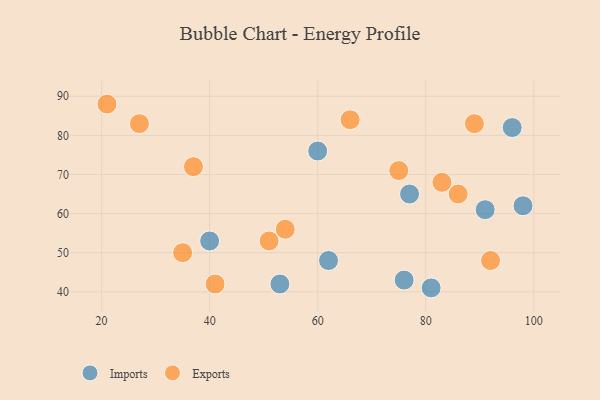
{"axis": {"x": "GDP", "y": "Life Expectancy"}, "legend": ["Exports", "Imports"], "data": [{"x": "40", "y": 53, "type": "Imports"}, {"x": "53", "y": 42, "type": "Imports"}, {"x": "98", "y": 62, "type": "Imports"}, {"x": "81", "y": 41, "type": "Imports"}, {"x": "91", "y": 61, "type": "Imports"}, {"x": "76", "y": 43, "type": "Imports"}, {"x": "96", "y": 82, "type": "Imports"}, {"x": "77", "y": 65, "type": "Imports"}, {"x": "62", "y": 48, "type": "Imports"}, {"x": "60", "y": 76, "type": "Imports"}, {"x": "92", "y": 48, "type": "Exports"}, {"x": "51", "y": 53, "type": "Exports"}, {"x": "66", "y": 84, "type": "Exports"}, {"x": "83", "y": 68, "type": "Exports"}, {"x": "86", "y": 65, "type": "Exports"}, {"x": "89", "y": 83, "type": "Exports"}, {"x": "75", "y": 71, "type": "Exports"}, {"x": "35", "y": 50, "type": "Exports"}, {"x": "21", "y": 88, "type": "Exports"}, {"x": "54", "y": 56, "type": "Exports"}, {"x": "27", "y": 83, "type": "Exports"}, {"x": "37", "y": 72, "type": "Exports"}, {"x": "41", "y": 42, "type": "Exports"}]}